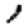
Digit: 1